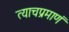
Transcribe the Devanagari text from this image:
त्याचप्रमाणं